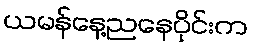
ယမန်နေ့ညနေပိုင်းက